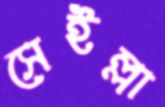
সেইল্লা